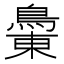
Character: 𪂝